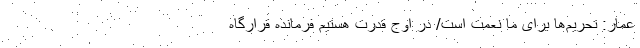
عمار: تحریم‌ها برای ما نعمت است/ در اوج قدرت هستیم فرمانده قرارگاه